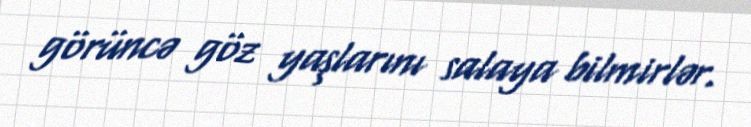
görüncə göz yaşlarını salaya bilmirlər.